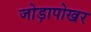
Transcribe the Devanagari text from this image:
जोड़ापोखर